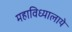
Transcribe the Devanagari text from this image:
महाविध्यालाये